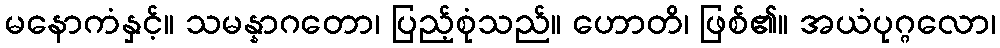
မနောကံနှင့်။ သမန္နာဂတော၊ ပြည့်စုံသည်။ ဟောတိ၊ ဖြစ်၏။ အယံပုဂ္ဂလော၊